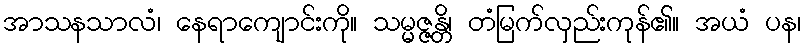
အာသနသာလံ၊ နေရာကျောင်းကို။ သမ္မဇ္ဇန္တိ၊ တံမြက်လှည်းကုန်၏။ အယံ ပန၊